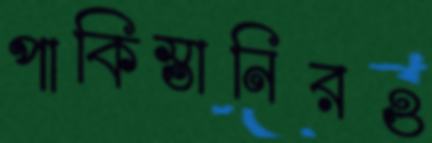
পাকিস্তানিরও